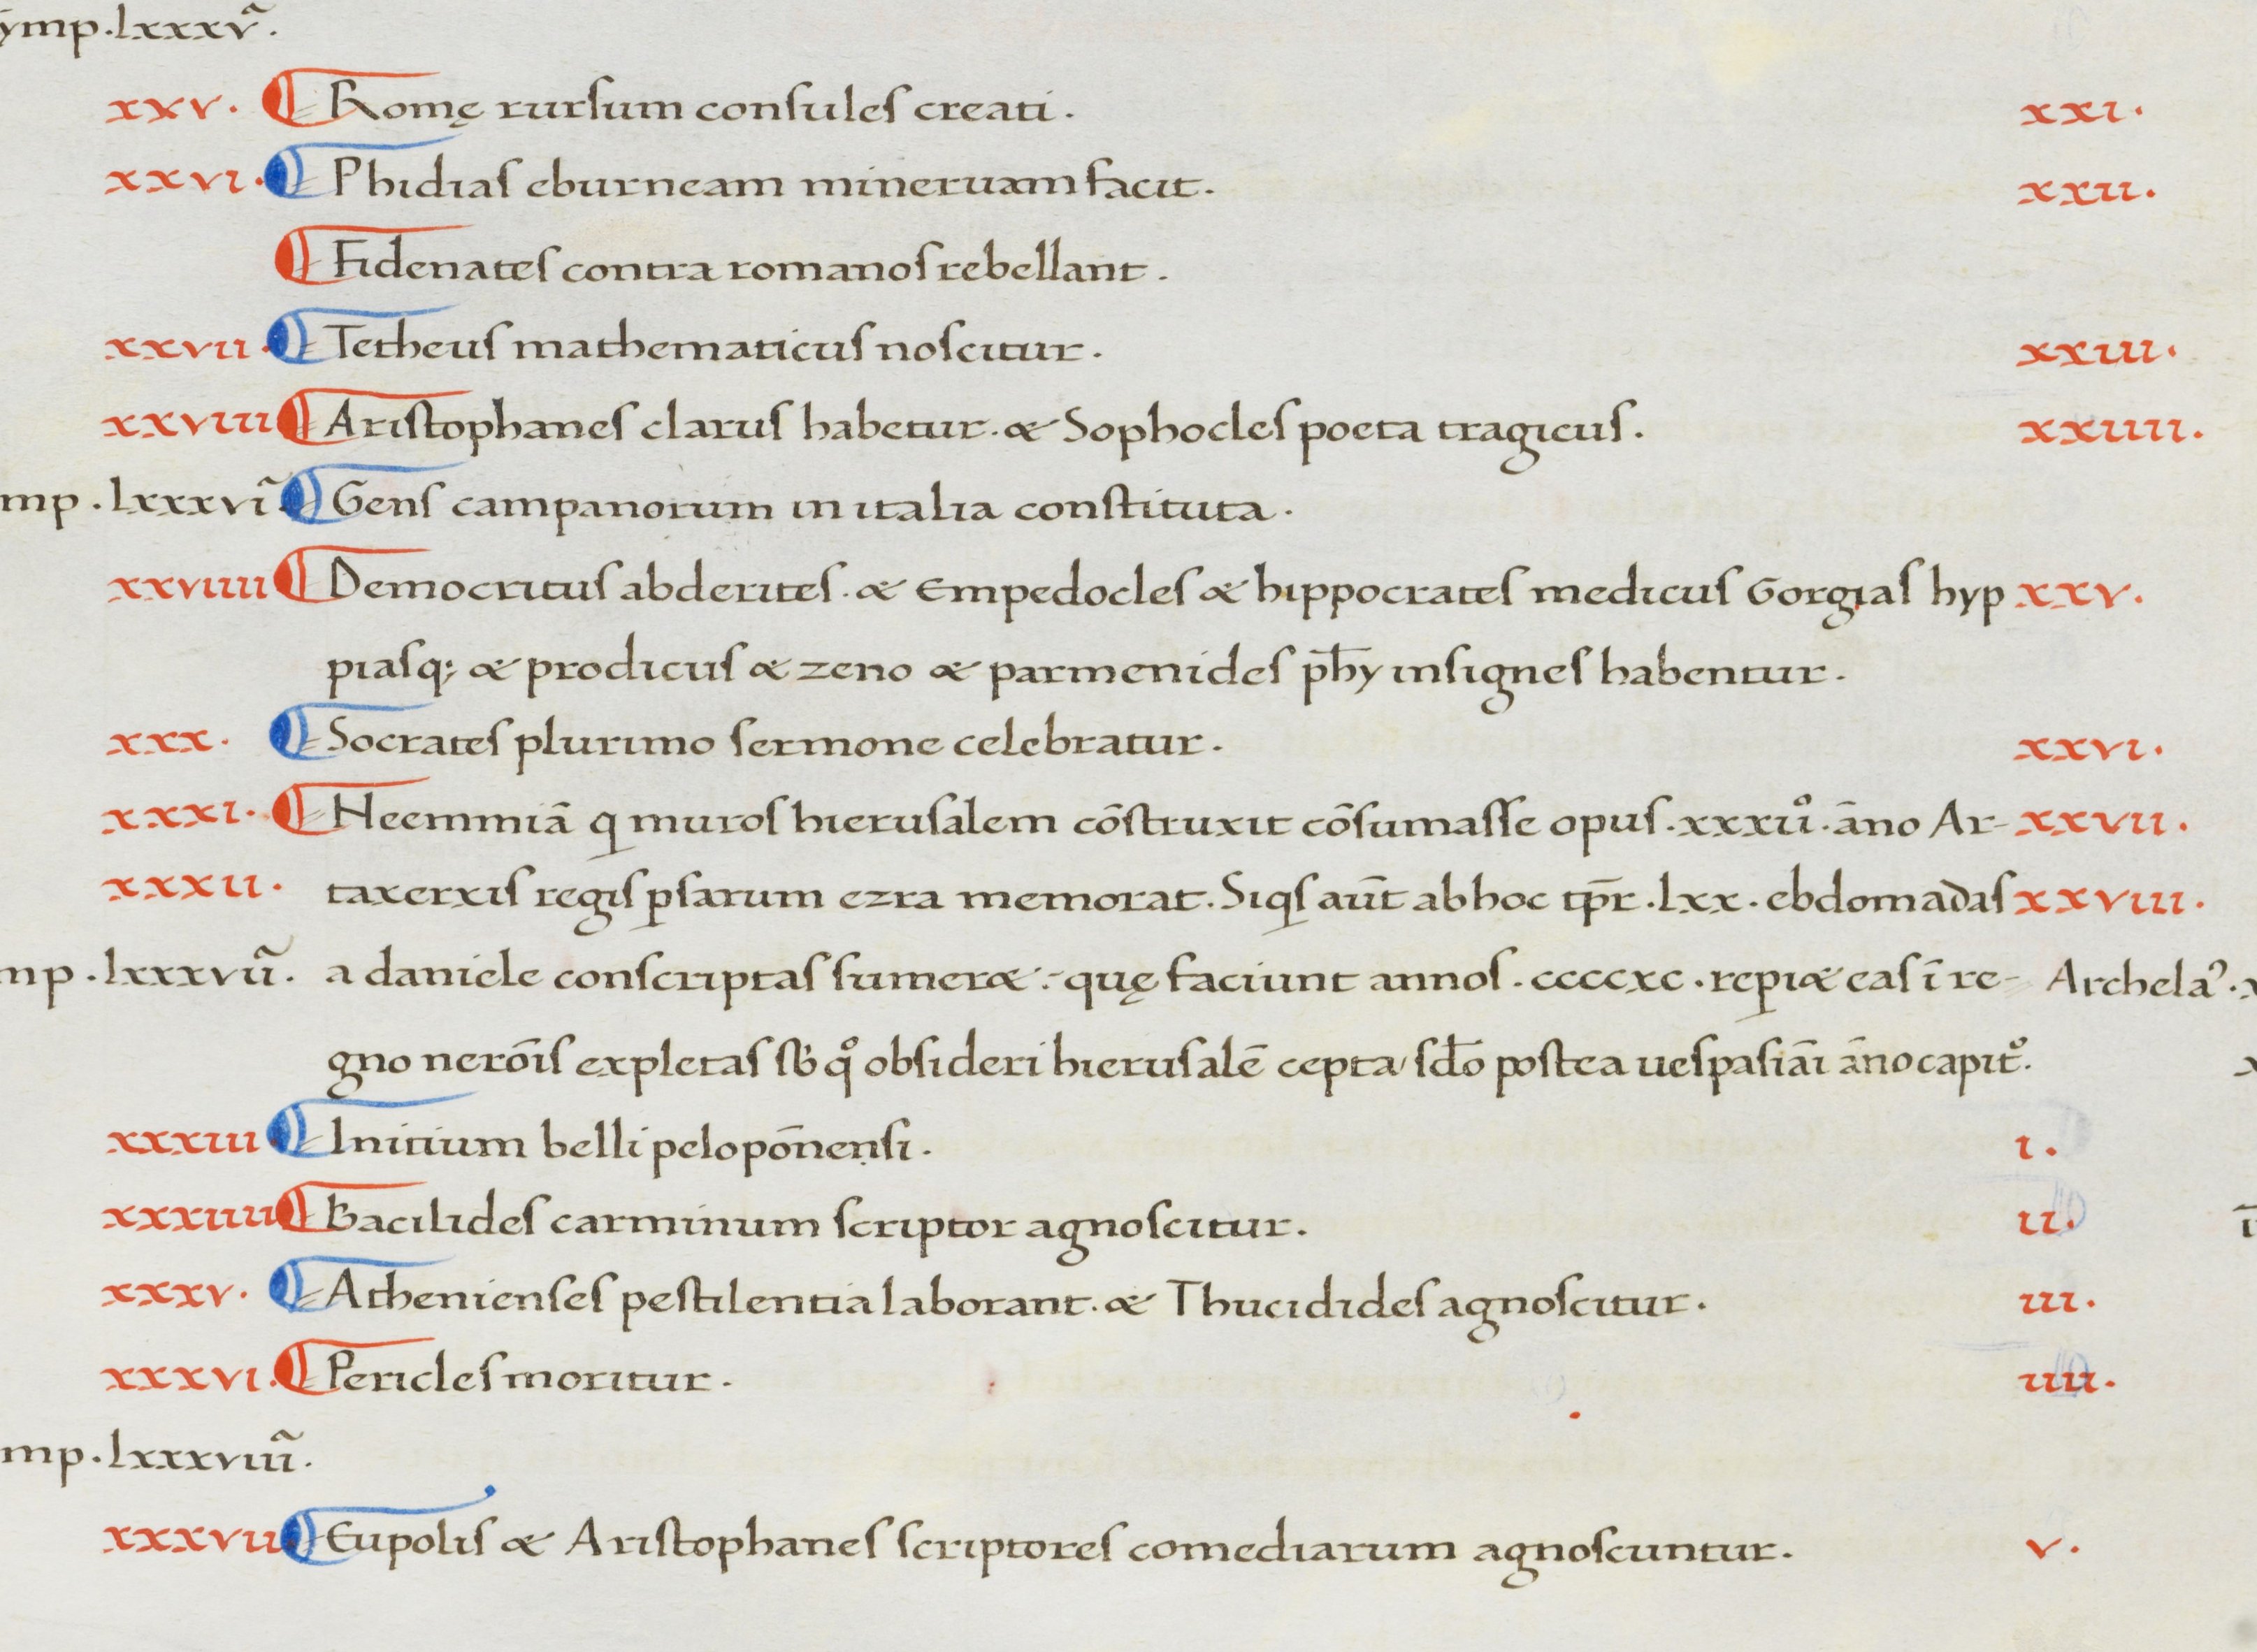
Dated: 1380–1420